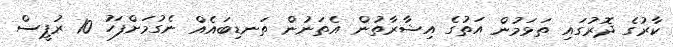
ކާރުގެ ދޮރުގައި ތަޅަމުން އަތުގެ އިޝާރާތުން އެތަނުން ތަނޑިބައެއް ނެގުމަށްފަހު 10 ރުޕީސް